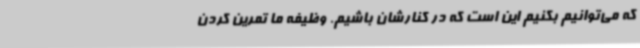
که می‌توانیم بکنیم این است که در کنارشان باشیم. وظیفه ما تمرین کردن